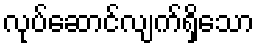
လုပ်ဆောင်လျက်ရှိသော